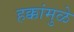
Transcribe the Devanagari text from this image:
हक्कांमुळे